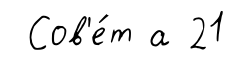
Сов'е́т а 21